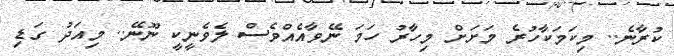
ކުރާނެ.. މިކަމަކާހުރެ މަށަށް މިހާރު ހަމަ ނޭވާއެއްވެސް ލެވެނީކީ ނޫނޭ.. މިއަދު ގަޑި